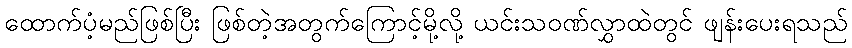
ထောက်ပံ့မည်ဖြစ်ပြီး ဖြစ်တဲ့အတွက်ကြောင့်မို့လို့ ယင်းသဝဏ်လွှာထဲတွင် ဖျန်းပေးရသည်